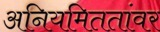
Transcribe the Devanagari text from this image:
अनियमिततांवर